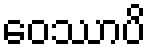
ဝေဿာပိ